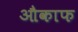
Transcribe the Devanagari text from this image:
औकाफ